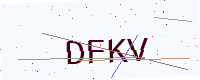
Text: DFKV